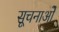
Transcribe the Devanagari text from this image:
सूचनाओें